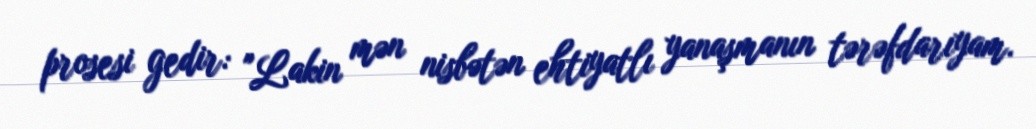
prosesi gedir: "Lakin mən nisbətən ehtiyatlı yanaşmanın tərəfdarıyam.